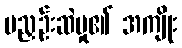
မညှဉ်းဆဲမှု၏ အကျိုး